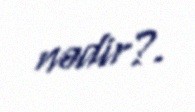
nədir?.